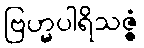
ဗြဟ္မပါရိသဇ္ဇံ